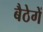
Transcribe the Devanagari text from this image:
बैठेगें